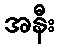
အနီး